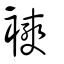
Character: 襫